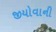
જીયોવાની